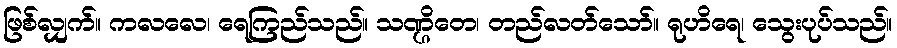
ဖြစ်လျှက်။ ကလလေ၊ ရေကြည်သည်။ သဏ္ဌိတေ၊ တည်လတ်သော်။ ရုဟိရေ၊ သွေးပုပ်သည်။